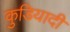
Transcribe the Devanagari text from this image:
कुडियादी